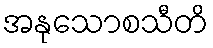
အနုသောစသီတိ